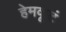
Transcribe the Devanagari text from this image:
हेमकूटं